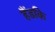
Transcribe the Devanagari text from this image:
हैंडकि